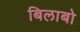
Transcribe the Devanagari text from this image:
बिलाबो